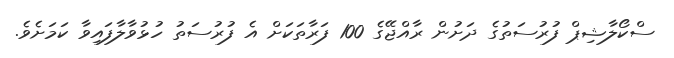
ސްކޯލާޝިޕް ފުރުސަތުގެ ދަށުން ރާއްޖޭގެ 100 ފަރާތަކަށް އެ ފުރުސަތު ހުޅުވާލާފައިވާ ކަމަށެވެ.